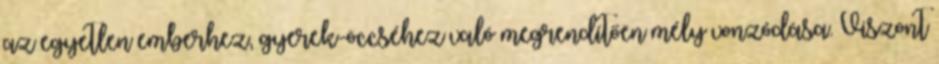
az egyetlen emberhez, gyerek-öccséhez való megrendítően mély vonzódása. Viszont